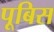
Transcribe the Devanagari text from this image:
पूबिस